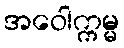
အဝေါက္ကမ္မ